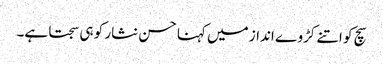
سچ کو اتنے کڑوے انداز میں کہنا حسن نثار کو ہی سجتا ہے۔